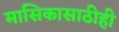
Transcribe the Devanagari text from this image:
मासिकासाठीही